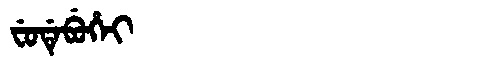
Manchu: ᠸᡠᡩᡝᠪᡠᡥᡝᡳ
Romanization: FUDEBUHEI